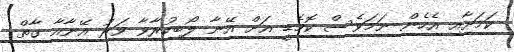
ކަމަށާއި އެހެން ނަމަވެސް ކޮމެޑީ އަށް އޭނާ ލޯބިކުރާވާ ވަރު އޭނާއާ ގާތް